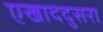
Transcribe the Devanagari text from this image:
एखाददुसरा